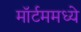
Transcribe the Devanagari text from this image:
मॉर्टममध्ये